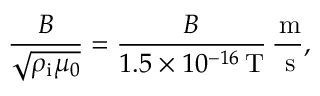
\frac { B } { \sqrt { \rho _ { \mathrm { i } } \mu _ { 0 } } } = \frac { B } { 1 . 5 \times 1 0 ^ { - 1 6 } \, \mathrm { T } } \, \frac { \, \mathrm { m } } { \, \mathrm { s } } ,